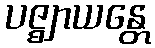
ပဇ္ဈာယန္တေ